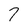
Character: 7